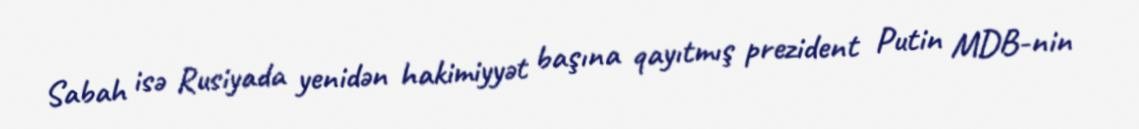
Sabah isə Rusiyada yenidən hakimiyyət başına qayıtmış prezident Putin MDB-nin